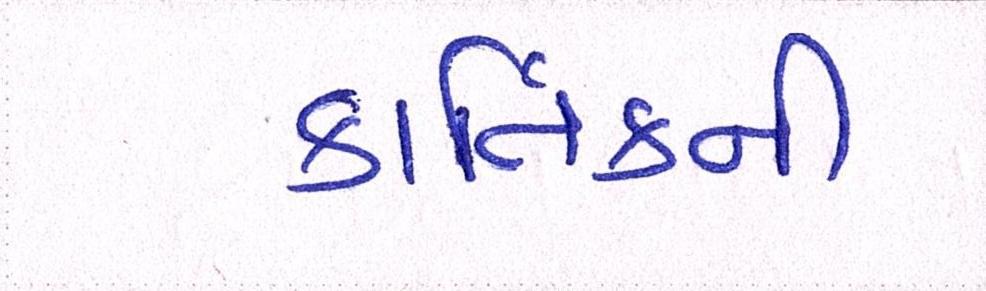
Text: કાર્તિકની